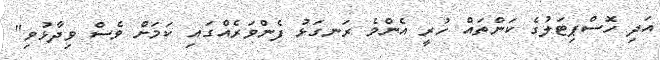
އަދި ހޮސްޕިޓަލުގެ ކަންތައް ހުރީ އެންމެ ރަނގަޅު ފެންވަރެއްގައި ކަމަށް ވެސް ވިދާޅުވި"